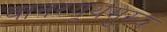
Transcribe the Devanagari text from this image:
वानरयूथमुख्यं